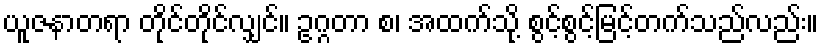
ယူဇနာတရာ တိုင်တိုင်လျှင်။ ဥဂ္ဂတာ စ၊ အထက်သို့ စွင့်စွင့်မြင့်တက်သည်လည်း။